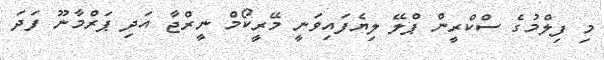
މި ފިލްމުގެ ސްކްރީން ޕްލޭ ލިޔެފައިވަނީ މޭރީކޯމް ނީރްޖާ އަދި ޕަރްމާނޫ ފަދަ